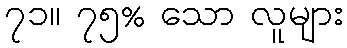
၇၁။ ၇၅% သော လူများ